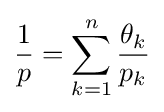
{\frac {1}{p}}=\sum _{k=1}^{n}{\frac {\theta _{k}}{p_{k}}}